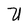
Character: U